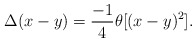
\begin{align*}\Delta (x-y)=\frac{-1}{4}\theta [(x-y)^2].\end{align*}